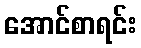
အောင်စာရင်း